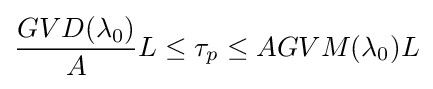
{\frac {GVD(\lambda _{0})}{A}}L\leq \tau _{p}\leq AGVM(\lambda _{0})L